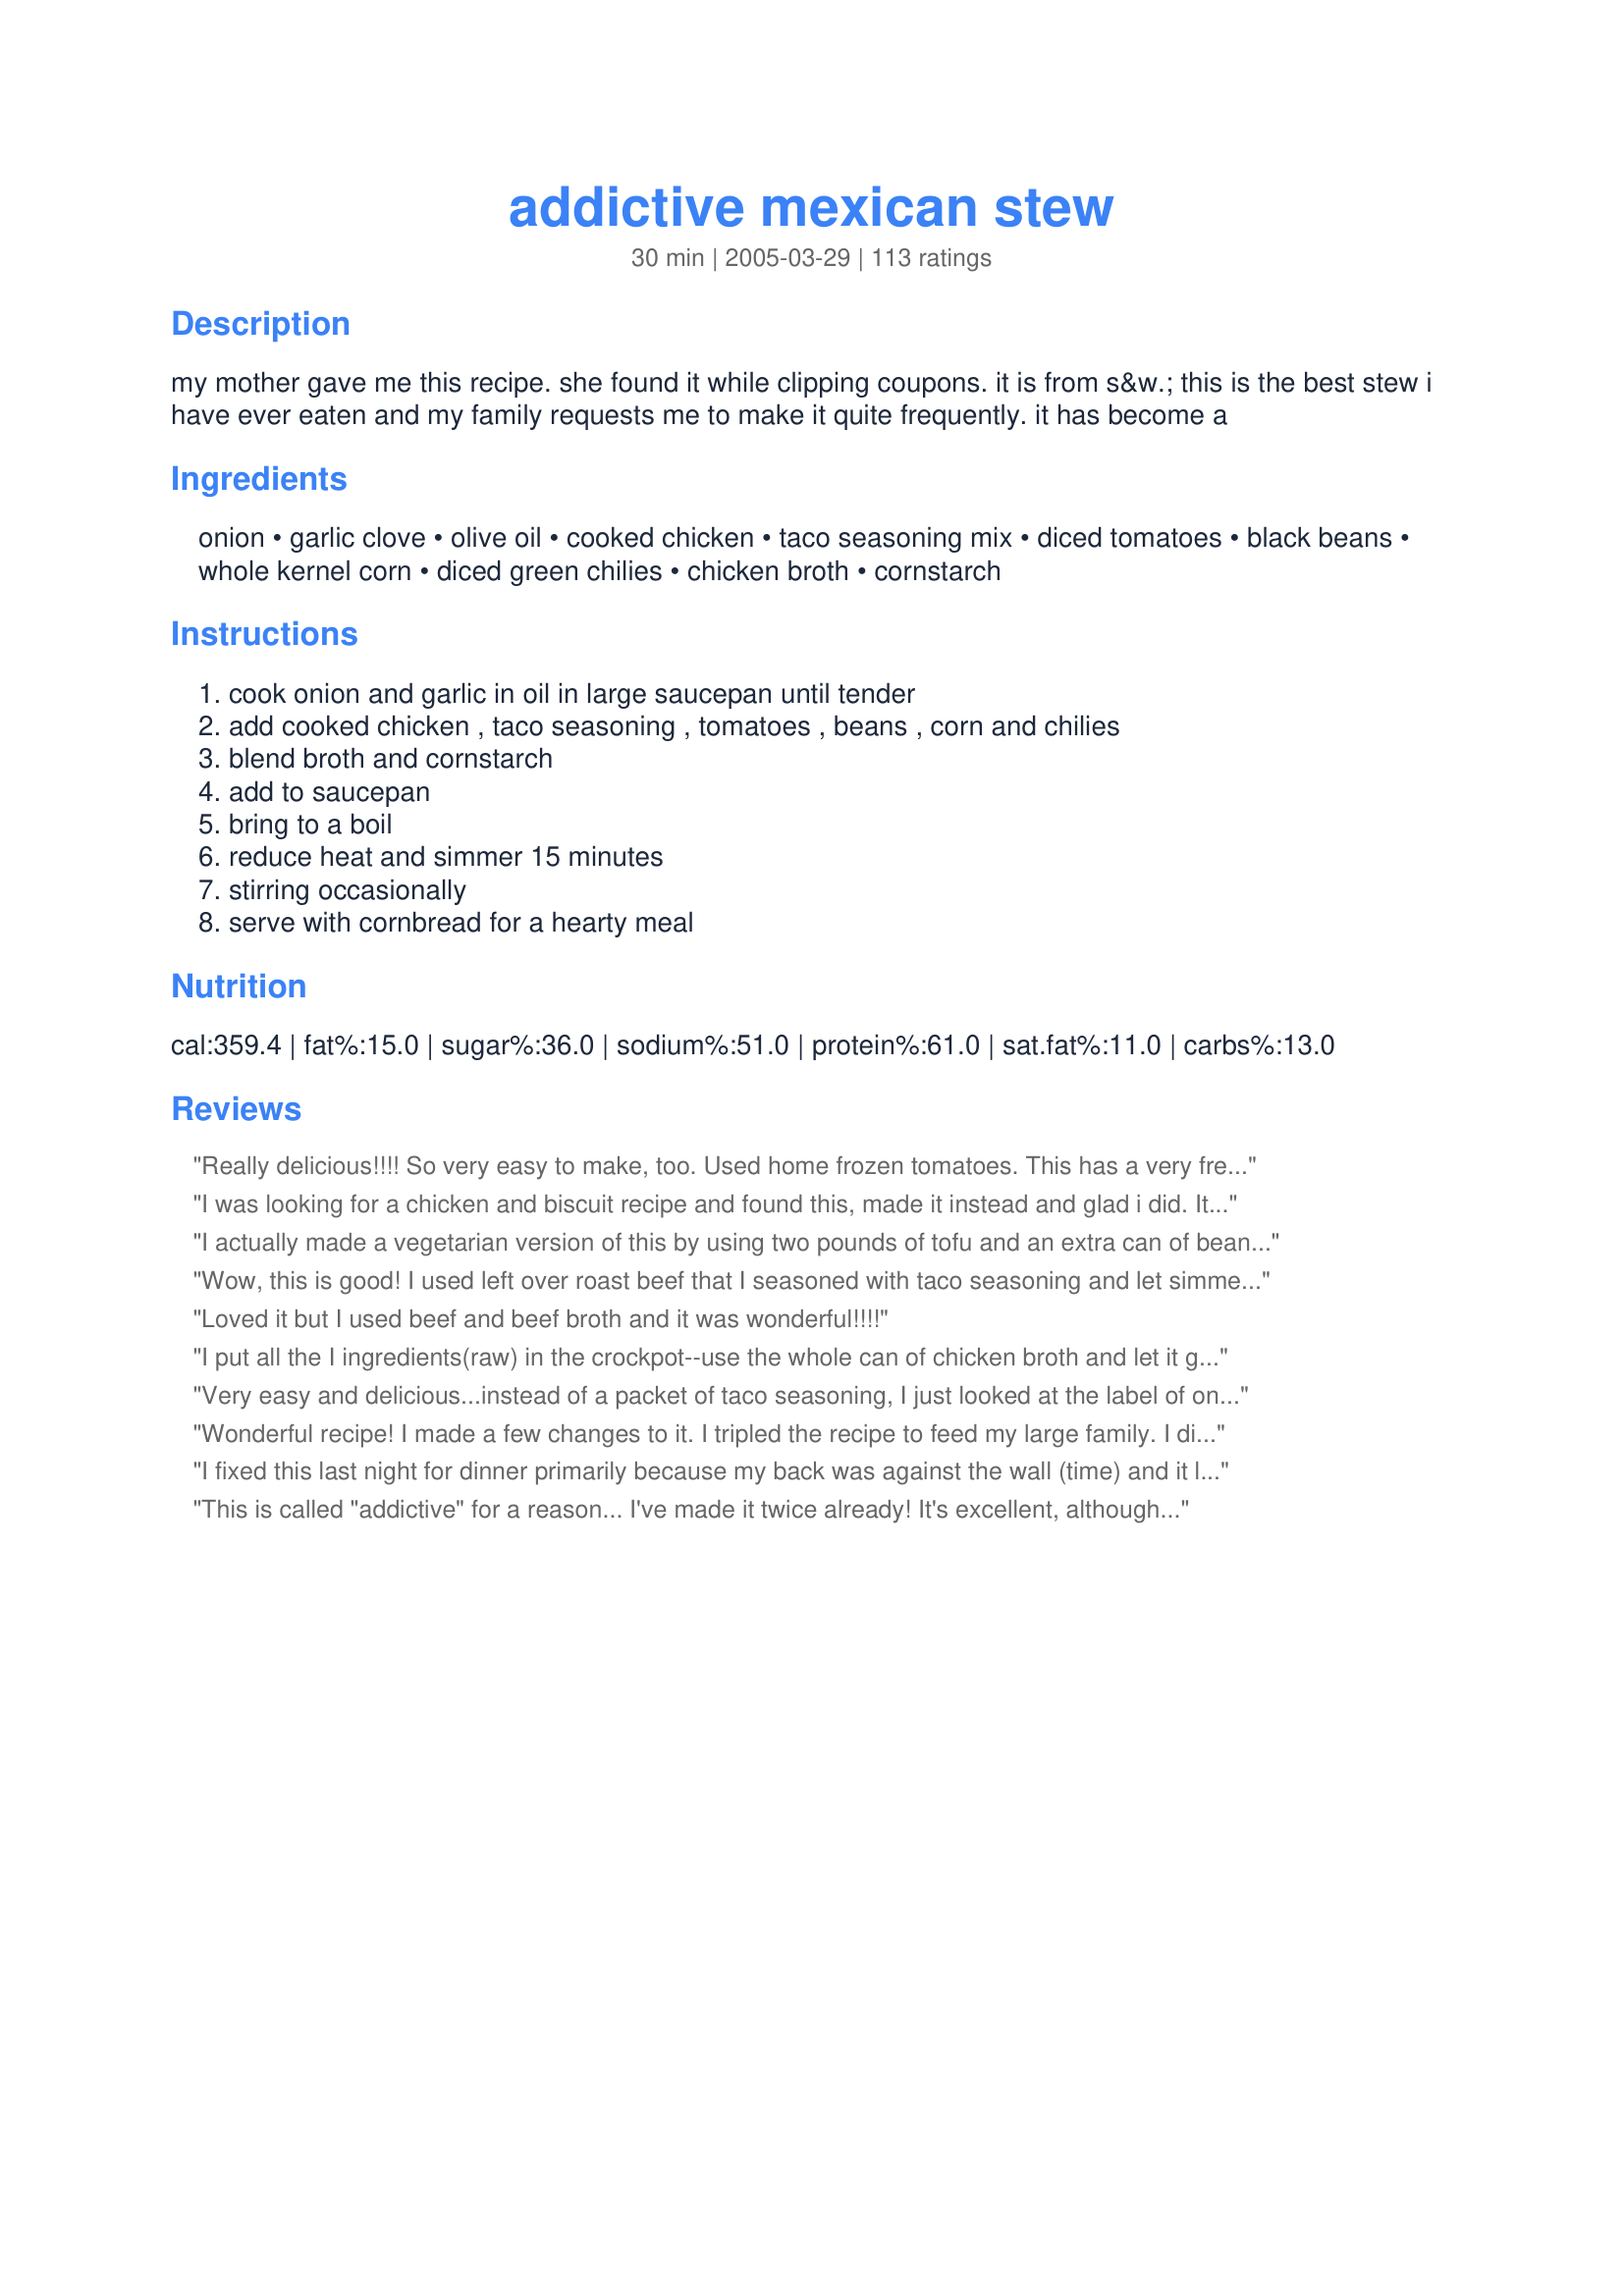
addictive mexican stew
Preparation time: 30 minutes

my mother gave me this recipe. she found it while clipping coupons. it is from s&w. this is the best stew i have ever eaten and my family requests me to make it quite frequently. it has become a

Ingredients:
onion, garlic clove, olive oil, cooked chicken, taco seasoning mix, diced tomatoes, black beans, whole kernel corn, diced green chilies, chicken broth, cornstarch

Steps:
cook onion and garlic in oil in large saucepan until tender, add cooked chicken , taco seasoning , tomatoes , beans , corn and chilies, blend broth and cornstarch, add to saucepan, bring to a boil, reduce heat and simmer 15 minutes, stirring occasionally, serve with cornbread for a hearty meal

Reviews:
Really delicious!!!! So very easy to make, too. Used home frozen tomatoes. This has a very fresh vegetable taste. Will definitely make again.
I was looking for a chicken and biscuit recipe and found this, made it instead and glad i did. It was really easy and good. It taste almost like a recipe I make call Crock Pot Tin Can Soup but its made with Chicken. My family really enjoyed it too. Thanks for a new recipe in our collection.
I actually made a vegetarian version of this by using two pounds of tofu and an extra can of beans. I used a can of tomato paste to thicken it up to the consistency of chili. I also added cayenne pepper to taste to make it a bit more spicy. A big hit!
Wow, this is good! I used left over roast beef that I seasoned with taco seasoning and let simmer for a long time, then shredded. I used ready cut diced tomatoes with green chilies. I also had a dried chipotle . I used a can of black beans and a can of kidney beans. I also added a little minute rice and some red pepper. Would have added a green pepper if I had one. I love this because it gives me a new alternative with left over roast beef. Delicious!
Loved it but I used beef and beef broth and it was wonderful!!!!
I put all the I ingredients(raw) in the crockpot--use the whole can of chicken broth and let it go on low for 7 to 8 hours. I always make sure the chicken and onions go in first. This comes out great with little to no effort.
Very easy and delicious...instead of a packet of taco seasoning, I just looked at the label of one that was lying around and made my own. Rotel is probably a good sub for separate cans of tomatoes/chiles.
Wonderful recipe! I made a few changes to it. I tripled the recipe to feed my large family. I didn't have olive oil, so I used red palm oil (I would have anyway. I like the flavor!) I used El Pato jalapeno tomato sauce for some of the diced tomatoes (my family doesn't like tomato chunks very much). It made for a happy crew! Thanks!
I fixed this last night for dinner primarily because my back was against the wall (time) and it looked quick. It was very good, a lot like tortilla soup, not hot, just flavorful. All ingredients were found in my pantry, except the chicken of course (which I had cooked previously.) I had my doubts about the method of adding the cornstarch, but it worked out fine (no lumps.) Just a great week-night dish. I'm sure I'll make this again.
This is called "addictive" for a reason... I've made it twice already! It's excellent, although I Kittencal's blend of taco seasonings rather than a pre-bought package. I'll definitely be making this again!
This was easy and good. I used the meat from 3 leftover chicken thighs. Will make again. Thanks.
I LOVED this recipe. I made it exactly as is although I did add extra chicken broth to make it a little more soupy. This is a wonderful "base" for possible stews of all kinds. The variations are endless. It is more tomato-y than Mexican in my opinion but EASILY you can add spices of all kinds and it is delicious...which is what makes it so great. It's a basic soup to work from according to your preference...and it is delicious as is! Definitely try this if you love soups and stews as comfort foods. Cheap, economical, easy to make and takes less than 30 minutes.
Recipe is true to its name, the kids loved it and it IS addictive!! Added a few dashes of cumin.
My whole family, including my grown daughters, would give this recipe 100 stars if we could. It is just wonderful!
 We prepared it as written for a long time, but then tried using 2 lbs Italian Sausage instead of the chicken. WOW! You have got to try this dish with the sausage!
 Other than that the only tinkering we have found could possible improve That Girls recipe to suit our tastes is using taco seasoning 66591 (because we hate the additives in the expensive packets). You might have to thicken the juice with a little cornstarch if you mix your own taco seasoning. And special select white shoepeg corn added at the last possible moment so that it still has some crunch is wonderful.
What a great recipe. Yummm.
Very easy and very good. I was totally lazy and didn't want it too spicy for my kids so I used one can of tomatoes and one can of rotel instead of the green chilies. Came out great and still spicy enough that my kids noticed the spice but still ate it and loved it. I will be making this again!
I followed the recipe using a store bought pre cooked chicken. When you cook precooked chicken it kind of shreds and has a pastey quality. I think it would be better if you added chunks of chicken at the end. I did add some veggies such as carrots, red pepper and spinach and that was good. If I were to make this again I would use a full tbsp of corn starch it was slightly runny.
Awesome! The ONLY change I made was to double the chicken broth/cornstarch mixture since I wanted more of a soup-like consistency. Very much like a WW Tortilla Soup recipe I have posted but much, much faster. Easily ready in 20 minutes.
I decided to make this recipe because I had leftover roasted chicken that needed used up. In order to cut the sodium content, I used recipe #1171 for the taco seasoning, frozen corn & 2 fresh jalepenos instead of the canned chilis & low sodium versions of the other canned items. Really great flavor and a hearty all in one pot meal. Thank you Rose's Granddaughter for sharing the recipe.
Very easy, very yummy, and not too bad for us. Went great with corn bread. We aren't big fans of kidney or black beans, so we left them out. The dish was colorful with the corn and the tomatoes. We will make this regularly.
What more could I add than what the reviewers have already said. This stew is delicious, very easy to assemble, cooks quickly, and is gosh darn good. We teemed it up with cornbread and peach pie and our tummies were very happy indeed. Thanks for posting this great dish.
We loved this! Great way to use leftover chicken and a fast, easy weeknight meal. You so gotta try this. I'll be making it again and again. Thanks!
Easy to make and tastes delicious!!!
Absolutely delicious -- and so quick and easy to make too. Wonderful for a busy night. I didn't even had to cook any chicken -- I used leftover rotisserie chicken that was part of a chicken dinner meal I purchased the day before at the supermarket. I did sprinkle a little cheddar cheese on top of the individual servings since I had some in the fridge. Everyone loved it -- it's something I'll definitely be making again and again. Thanks for sharing this recipe!
I made this last night for dinner, and my husband and I loved it! I used canned chicken, and we added some shredded Mexican blend cheese, and it was so yummy! The kids weren't too fond of it, but oh well. We have some left over, but we might be fighting over who gets it!
Awesome awesome recipe!!!!!!!!!!!!!!!!!!!!
HOLY SMOKES! This is the best stew/chili I have ever had. No need to make any changes. I bought the onion in the frozen section, already diced and chopped. Still tasted good.
Another...."Loved It!" What a great, easy, healthy meal. I didn't even use the oil to cook the onions and garlic. I just sprayed my pan with Pam. It tasted fine and had less fat! I also added white beans, just because I like them. While my son liked it, he sort of picked out some of the tomato chunks because for some reason he doesn't like them. Next time, I'll probably add one can of tomatoes and then a can of tomato sauce. I think I'll even like it better with the tomato sauce. Tomorrow night with the leftovers, I'm going to put some of the stew in a whole wheat tortilla, add some cheese, sour cream, etc., and have a wonderful roll-up. One great dish, two great meals! Thanks for a keeper!
We just love this! Great recipe for leftover chicken. I usually add frozen corn and occasionally more black beans and serve with tortilla chips.
Very good and easy to make. I had leftover chicken from Recipe #254568. We are snowed in so thought I would make this to use up the chicken and we wanted something warm! I followed the recipe as written other then I used a 15 ounce can of corn. I didn't have any green chilies and I also didn't add the cornstarch. We topped each serving with cheddar cheese. We did think it could use a bit more seasoning. My kids put hot sauce on their serving.
Adding chicken broth to chilie. Man, that's a great idea. I cn't wait to try this.
I made this one day last week and my family really liked it. The only thing I did different was to run my diced tomatoes through the food processor and I used rotel instead of the green chilies (also run through the processor). The best compliment came later in the week when I sent some to my husband's grandmother, who is known for her cooking. She called me and told me that it did not matter how much the ingredients cost she would buy them if I would make her more! Of course I told her not to worry I would make her some without her paying for it! Thanks for an easy recipe that also tastes great!
Do NOT use left-over turkey! The turkey has too much poultry flavoring which muddles any 'Mexican' taste.
I was making a black bean dip, boiled too many beans, looking for a soup and voila! found this one.This is sooo easy to put together. I made my own taco seasoning and I used frozen corn that I had cut off the cob and bottled diced garlic and Sysco chicken base to make brother. This is a soup you can put together anytime and if you don't have green chilies, you can substitute diced green pepper and add a little cayanne pepper. 
Thanks for posting.
This was so good! My DW and I hate half one night with chips and the next night rolled in flour tortias. We like our food spicy, so I did add some ground red pepper flakes and a couple of dashes of hot sauce. We served is with melted cheese and sour cream. You can't beat this recipe, thanks for posting.
I really enjoyed this. It's cold outside this evening, and this is a warm cozy dish. I added about a 1/2 tsp of red pepper for a little extra heat. Thanks! This was a great and easy recipe!
A keeper.I served it with corn bread, and a dish of sour cream on the side....my son ate his bowl with corn bread, the took another bowl with sour cream and ate it with tortilla chips...needless to say I'll be making this often. Thanks so much for sharing!
Loved it. Used 4 chicken breasts, fried them until only a little pink in the center, and then made dish as directed, except that I used 1 can diced tomatoes, and 1 can tomato sauce, as suggested by a prior reviewer. Did not drain any of the cans, and also added salt and black pepper, which I feel the dish needed for some oomph. I would suggest cutting the chicken into small pieces. I cooked for twice the amount of time suggested, since I was letting the chicken finish cooking through in the stew. This yields a very nice stew...not too watery or thick, but just right. Thank you for this recipe.
Excellent! I expected it would be too mild for my spice-loving family, but it packed plenty of punch. I agree with Donut Chef, though- next time I"ll use the low-sodium versions. I only deviated from the recipe above by adding a dash of Bragg's liquid aminos. This one's a keeper!
This was wonderful. I followed the recipe almost exactaly. The only changes I made were that instead of oil I used a some chicken drippings, and a little cumin, and a bay leaf, and i had to add 2 more cups of chicken stock. I served it with cheese quesidillias. It was really good and really easy to make. Perfect for a busy night. Even my husband, who says he's just not that into soups, really liked it! Thank you for posting.
Very good soup. I was actually going to give it four stars but then I reread the nutritional information and upped it to five--a great way to get fiber and other nutrients. Low fat too! Next time I'll cut down on the salt though!
Update: I have also made this with ground beef, which worked great too!
was fast, easy and delicious will make again
Loved this one. I had just a bit left over, so to make it go farther, I served it over rice and it was REALLY good that way!
This was extremely spicy, which my DH and I are not fond of. If I make it again, I would halve the amount of green chilies. Thanks for sharing.
Really easy and fast to make. I tossed a whole chicken in a pot with water and a couple of bouillon cubes, cooked it, cooled it, pulled off the meat to use in the recipe, used some of the stock for the recipe, and now have more stock to use for other good things. The rest I did according to the recipe. Very good, healthy ingredients too. A nice one to have found on accident!
I had to make a few minor changes to the recipe to avoid a trip to the store. I used leftover turkey. I also used a large can of crushed tomatoes and a can of Rotel instead of 2 cans of diced tomatoes and 4 ounce can of diced chilies. My can of corn was also larger than called for but I drained it and put the whole can in anyway. My stew was very thick (probably due to the crushed tomatoes) so I put in the whole can of chicken broth and left out the corn starch. It still turned out fantastic. I didn't have any because I don't eat turkey, but the rest of the family gave it 5 stars!
This was good. I'm a little torn because I liked the combination of ingredients and spicy heat, but I found the taco seasoning a little much--I may cut back a bit next time. I went lazy and just did onion and garlic powder instead of the real deal, canned chicken, chicken bouillon and water. The cornstarch was just thrown in with the other ingredients. Still yummy and very quick to prepare, once you open all the many cans. :) I liked mine with lots of sour cream and cheddar mixed in it and sweet, corny cornbread on the side. Thanks for a good weeknight dinner!
To be fair I let DH rate it only, since I'm not a bog bean/stew eater. He thought it great! I took anothers suggestion and sprinkled it w/ cheddar cheese with sour crm on the side. He ended up eating it in a tortilla. Even my 6 yr. old thought it "gppd", which meant I got'bout 1/2 bowl down her. I didn't have corn so I threw in some spinach for color. Other than that, I followed the directions. Will make again :)
This dish is even better the next day! Since fresh corn on the cob was available, I used that instead of frozen. Just the right amount of spice...thanks for posting this fab recipe Rose’s Granddaughter!
This is delicious. It is spiced just right for me, although DH and DS added more peppers to theirs, as usual. This has been put into our regular dinner rotation and I look forward to making it again soon. Thanks for a great recipe.
I made this for my parents since I'm visiting the States and it was so easy to make. They loved it and are taking some to work tomorrow. Mom said it was nice to come home and smell something wonderful cooking. I only made two changes, low salt taco seasoning and boneless chicken thighs that I cooked with the onions and garlic. I will be making this again once I return home to my DH. Thanks for a great recipe.
Mmm....good! Someone at work just saw/smelled the leftovers and wants me to make it for our next potluck! I changed a couple things based on what I had in the house, and it was SUPER! I used a 28oz can of whole tomatoes which I diced, and a 14 oz can of Rotel (medium spicy). I used frozen corn. I drained the tomatoes and was thinking it was a little soupy still. I tend to think this would be even better with shredded chicken and will try that next time. I stirred in a dolop of sour cream too-- delicious. Thanks!!
Loved it! Very healthy, easy and good! Followed the recipe exactly, don't change a thing!!
This was a very tasty and hearty meal. My husband and I really enjoyed this recipe. To save time I used canned chicken and used the broth from the canned chicken. I added additional broth to the mixture due to personal preferences and since the soup was so hearty. We added cheese and sour cream to our individual bowls. Thank you for this recipe!
Wonderful 30 minute recipe that tastes like you cooked it all day. So versatile too. I used white canellini beans. Next time I will try it with fresh tomatoes to cut down on the sodium. Served on some left over white rice. Everyone loved it. Thanks!!
Sounds amazing! I love spicey Mexican food and it is really hard to get here in the UK. I am hosting a big &#039;Texas poker night&#039; and I wanted to make something appropriate so i will do a trial run with this recipe.&lt;br/&gt;&lt;br/&gt;Thanks a million for sharing.
we didnt find that addictive taste but we love it plus its really healty .. thank you
Excellent! I just finished making this and it is addictive!! I made a couple of minor adjustments simply because you do what you have to do…&#61514; I used Rotel instead of green chiles, I didn’t have those on hand. I used a whole 14.5 ounce can of chicken broth because I hate left over stock (I always forget I have it in the freezer and someone will throw it out). The had to cook up the chicken in the soup pot first with salt, pepper and other spices, then added the onions and garlic. Once that was fully cooked I added the rest. Very yummy and really easy to make!!! The Rotel adds a nice zing to it if you like that!! Thanks for sharing!!!
A yummy stew and excellent way to use up leftover chicken! I added a can of cooked sliced carrots at the last minute. I thought it was a bit under seasoned so next time I will add more. Thanks for posting.
This is delicious and so easy to cook. High in fiber and protein. Actually makes 8 one cups servings so the calories are even lower. I cut the sodium in half by using all low-sodium canned items and rinsed the beans. Thanks to the taco seasoning - you don't need any salt. This can easily be made vegan. See my other recipe reviews for healthy recipes.
Made it without the chilies since I'm a baby with spicy food. Excellent, everyone loved it. I'll make it again.
My boyfriend (who I always have to compromise on the healthy v. unhealthy dishes) LOVED this stew and was raving about it the next week. And I like it because it's not that bad for you! It was great, thanks!
Made this tonight for dinner, it was very good! I used some boneless skinless chicken thighs I needed to use up. followed the recipe, only addition was hot pepper flakes. Next time I might substitute fresh diced jalapenos for the canned chilis. Garnished with cilantro, lime wedges, and a dollop of sour cream.
We liked this much better the next day and as a filling for a whole wheat wrap.
Oh my gosh! This was unbelievable! I followed the directions, except I used ground turkey. My whole family loved this. If it wasn't for my kids I would have added red pepper for a little kick. This is a very easy and inexpensive meal. The best part was that it is healthy! Thanks for a wonderful recipe that we will use very often!
Like others, I used 2 cans of (different) beans, 1 Tbl. cornstarch, 1 Tbl cumin in addition to taco seasoning. Yummy, and very easy if you have leftover chicken. Great make-ahead too. I served with thick corn chips for scooping, and a green salad.
Delicious -- and just like others said ... great lunch for the days following. Thanks!
SO delicious and easy to make! My husband took leftovers to work and it smelled so good that several of his coworkers asked him for the recipe. I can't wait to have it again! Also, my husband topped his w/ shredded mexican cheese and said that really added to it.
AWESOME! if you have the chicken already made it is quick. everybody loved it! goes great with cornbread or oven-warmed tortillas! thanks so much!
Excellent. I cook ahead and shred/cube chicken all the time so this was so easy. I followed the recipe exactly and served with a hearty wheat Italian bread and shredded Mexican cheese blend. Very tasty and would be very versatile...I will probably throw in some Rotel or other seasoned tomatoes next time, and/or spice it up a bit more. Not super "mexican" tasting but very yummy.
This was very good. I used two large breasts from a roti-chicken. I didn't have any cornstarch, so I used a tbsp of flour instead. Very easy to make and a great option for leftover chicken. Thanks for the recipe!
Easy Easy Easy and Fast to make. And healthy too. My husband who took this in his lunch swears that it tastes good cold too. If you buy the onions pre-chopped and the chicken is already cooked, there is less than five minutes prep time. It smells SO good while it is cooking. I like the fact that you can buy the ingredients in bulk and make it at any time. This will become our "comfort food" too.
Love this recipe! So easy and so good! I cut the recipe in half and used my 3-qt. crockpot- just put everything in on high for 6 hours. I used home frozen corn (thawed, drained) and refried beans instead of black beans, which added great flavor and thickened the stew. So I omitted the cornstarch. The two of us ate all of it for dinner, with cornbread!
good.
Easy comfort food on a cold night! After reading the reviews, I shredded a can of white meat chicken and substituted 1 can Original Rotel tomatoes instead of adding the 4-oz can of chilies. Loved the addition of shredded cheese and a dollop of sour cream on top. This will be a good, quick weeknight recipe since I usually have all of the ingredients on hand. Thanks!
This is excellent! And very easy. I used 1 can of rotel tomatoes and 1 regular can. Definitely hot enough for me. Thanks for the recipe!
Fantastic use of left over Thanksgiving turkey. Next time I'll buy corn chips to serve with it. I followed the recipe fairly closely with just a few minor tweaks. 1. I add 1 tablespoon of cumin (as suggested by another reviewer), 2. Added 2 tablespoons of corn starch in total, 3. Included half cup of jalepenos and 4. 1 cup of green pepper. 
Really loved it and with these adjustments would give five stars.
Thank you so much for posting.
I'm not so sure about the addictive part, but it is very good, very easy to make and uses almost entirely ingredients that we stock regularly anyway. Will definitely be making this again.
This stew is soooo tasty. I used reduced sodium broth and taco seasoning. I served it over wheat elbows and along with a green salad. The seasoning was perfect for our taste. Thanks for sharing this recipe.
very delicious! I served it with grated jack cheese on top, and cornbread on the side. Even my picky kids liked it!!!
Great recipe, this will be added to my regulars. Thanks so much for sharing. Very simple and easy.

Very hearty, sustaining stew. Easy
Added a lot more jalapenos (we like it spicy!), a handful of cilantro and used only 2 chicken breasts (all we had). Served with sour cream and my boyfriend rated it 5 stars on first bite!
I'm pretty sure I made this a long time ago and it was very good... that's all I remember actually, I'll have to remake it again sometime
This was very tasty. We skipped the diced chiles, we're spice lightweights.
I loved this! Only had one can of tomatos, so used some salsa also. Great with corn muffins.
Very good and very easy. Made it last night and actually thought it was just "ok", but it was great this afternoon. . . I'd say better the next day for sure. 

Also, I used canned turkey, worked just fine.
For the effort this recipe has major payoff. It's also great that most of the ingredients are pantry items, so you can keep them on hand and throw this together in a pinch.
Great recipe. I only had one can of diced tomatoes on hand and no green chiles so I substituted 1 can of Rotel for those. Also, I followed another reviewer's suggestion and used broken up sausage instead of chicken. I used some spicy breakfast sausage. It ended up being fantastic and spicy.
Delicious! I cooked everything in the crockpot and it came out great. I cooked two large chicken breasts with some of the taco seasoning in the crockpot on low for 4 hours. After shredding the chicken, I added the rest of the ingredients and continued cooking on low for 3 more hours. The low-slow cooking really let flavor develop nicely. I will definitely be making this again!
Wow what a fast and yummy meal!!!!! I used shredded already cooked chicken from Schwan's. I'll stock up on frozen onions, and it will even be faster!! I am going to fix this when we have after school activities that take us away from our evening routine. Fast and healthy.....
Made it just as listed. It is awesome. My husband and kids love it!!! We made it twice this weekend alone. Very quick meal! Thanks for posting!
My husband loved this! We added a little cheese and sour cream on top and ate it with corn bread.
Very good and quite tasty. I didn't have any chilies, so I added in some chopped green bell pepper. I also added cumin as other reviewers suggested. Served this with some crumbled tortilla chips and a dollop of sour cream.
What a great stew! We served with corn bread (low fat cornbread recipe #87115), and it was delicious. To save on some sodium, we just made our own 'taco seasoning mix' with paprika, cumin, red pepper, parsley, garlic salt. Also, we only had one can of diced tomatoes, so I added an equal amount of chopped fresh tomatoes. Since the stew was done before the cornbread, we just left it on low and covered for probably about 15 extra minutes. It was true to the serving size and made 5 nice-sized bowls of stew. With the cornbread, it was indeed a hearty meal and very filling! Will make again!
I made this last night with some leftover Thanksgiving turkey and it was absolutely delicious! My husband loved it. I did have a little extra time so I let it simmer an extra 20 minutes or so. I also served it over rice, to stretch it a little further. For the reviewers who would like to cut down on the salt, McCormick's sells a reduced-sodium taco seasoning - I used one envelope of this and the salt was just right. Thanks for a great recipe!
This was so easy to make and tasted yummy!!! Thanks so much. I now have a new go-to recipe for leftover chicken.
LOVED this recipe!! Really easy to put together, very flavorful, and HEALTHY! Thanks so much!
This was very good. We enjoyed it and the flavors worked well together. I made as posted. Quick and easy to prepare. I will be making this again. Thanks for posting.
Oh ya, this was good!! Hubby says can make again. Was easy to put together and probably a good crockpot dish.
Thanks!!
We loved this! Instead of adding the tomatoes and the chilies I used them mixed in the same can. I also used left over chicken.
This was really good. It is a nice comfort food on a cold winter night. I added a little bit of cumin and made some jiffy corn muffins to go with it. It was a wonderful and quick meal. I will be making this often.
Instant favorite! Super easy, one-pot meal. Tastes even better on the second day. Freezes very well. Very adaptable recipe. Easily BOOST THE FLAVOR by toasting frozen corn kernals, caramelizing the onions and browning bite-sized pieces of raw chicken breast in the pot before adding all other ingredients. I have made this recipes many times and we like it best with chicken because it has a lighter and fresher taste (than with turkey or beef). I usually add 1 can each of red or white kidney beans, romano beans, and black beans. Green chilies are totally optional; just add a dash of hot sauce for some zing. If you require GLUTEN-FREE and/or LOW SODIUM OPTIONS, you can easily make your own taco seasoning. (Packaged taco seasonings usually contain wheat and have a very high sodium content. Most cooks will have all ingredients to make taco seasoning in their pantry: 1 Tbsp chili pwdr, 1/4 tsp garlic pwdr, 1/4 tsp onion pwdr, 1/4 tsp crushed red pepper flakes, 1/4 tsp dried oregano, 1/2 tsp paprika, 1 1/2 tsp ground cumin, 1 tsp salt (or less), 1/2 tsp black pepper.
This was just ok for us. The kids didn't care for it at all. I used turkey that I had on hand and served it with sour cream and tortilla chips. We ate it all but probably won't make it again, it just was missing something in our opinion, sorry. Thank you for posting though.....Stephanie
I will be making this again & again! Super easy, and very tasty!
Chose to make this because I was in a rush and had all the ingredients. In my haste, I just dumped the broth in without the cornstarch, so I just left it out and it was still nice and thick. DH and I both loved the taste and very easy to prepare!
Excellent recipe! Made it for 3rd time and added some sliced carrots (2) and (1 med.) zucchini, like I saw in some of the other pictures. I used black beans, and the whole can of chicken broth. Somewhat like my tortilla soup but heartier. Very fast to make, great for weeknight cooking. I used the "365" cornbread recipe made with a high quality stone ground white corn meal. Yum!
Delicious. It's somewhere between chicken tortilla soup and chili. Not a fan of beans and corn so I left those out and added red and green bell peppers. Maybe I'll try adding cactus next time. I simmered it all day in the crock pot so the flavors really sunk into each other. We had a friend over for dinner that night - I'm pretty sure he's started seeing me in a whole new light.
Yummy! I used some leftover rotisserie chicken and then used some chicken legs I had it the freezer to get enough chicken. I got fresh chicken stock this way too. Anyway,everything else per the recipe and really yummy.
Very yummy! Made this for me and DH, we ate it the next 3 nights, loved every bite. Thanks so much for sharing!
This stew was fabulous. Has some kick to it....perfect for a fall or winter day.

I made this a couple of weeks ago- it was so good! And so easy. I like to take whole wheat tortillas and toast them for dipping in the stew. Great recipe!
This was very tasty, i didnt have green chilies, and used fresh chopped hot peppers instead, I served over rice, sprinkled cilantro over the top and added cheese and sour cream. This was devoured by four hungry teenagers with plenty left over for the rest of us.Now i have a great recipe to use up all the turkey at thanksgiving and xmas.
Was delicious!!!
